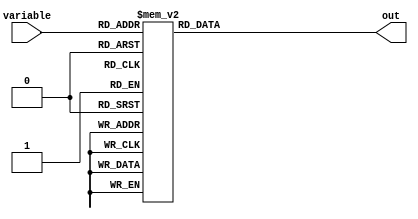
module full_case_statement (
    input wire [2:0] variable,
    output reg out
);

always @* begin
    case (variable)
        3'b000: out = 1'b0;
        3'b001: out = 1'b1;
        3'b010: out = 1'b0;
        3'b011: out = 1'b1;
        3'b100: out = 1'b0;
        3'b101: out = 1'b1;
        3'b110: out = 1'b0;
        3'b111: out = 1'b1;
        default: out = 1'bx;
    endcase
end

endmodule